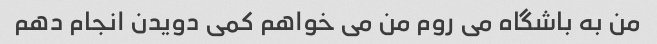
من به باشگاه می روم من می خواهم کمی دویدن انجام دهم